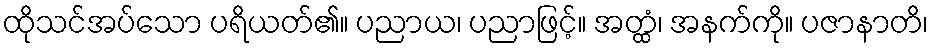
ထိုသင်အပ်သော ပရိယတ်၏။ ပညာယ၊ ပညာဖြင့်။ အတ္ထံ၊ အနက်ကို။ ပဇာနာတိ၊